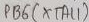
Text: PB6(XTAL1)